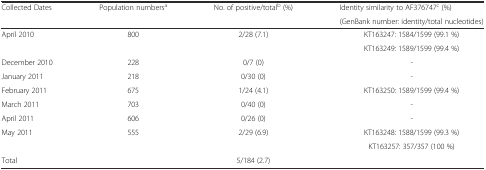
| <ROWSPAN=2> Collected Dates | <ROWSPAN=2> Population numbersa | <ROWSPAN=2> No. of positive/totalb (%) | Identity similarity to AF376747c (%) |
 | (GenBank number: identity/total nucleotides) |
 | --- | --- | --- | --- |
 | <ROWSPAN=2> April 2010 | <ROWSPAN=2> 800 | <ROWSPAN=2> 2/28 (7.1) | KT163247: 1584/1599 (99.1 %) |
 | KT163249: 1589/1599 (99.4 %) |
 | December 2010 | 228 | 0/7 (0) | - |
 | January 2011 | 218 | 0/30 (0) | - |
 | February 2011 | 675 | 1/24 (4.1) | KT163250: 1589/1599 (99.4 %) |
 | March 2011 | 703 | 0/40 (0) | - |
 | April 2011 | 606 | 0/26 (0) | - |
 | <ROWSPAN=2> May 2011 | <ROWSPAN=2> 555 | <ROWSPAN=2> 2/29 (6.9) | KT163248: 1588/1599 (99.3 %) |
 | KT163257: 357/357 (100 %) |
 | Total |  | 5/184 (2.7) |  |